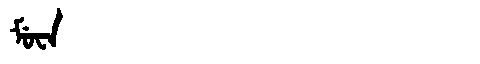
Manchu: ᠮᡠᠸᠠ
Romanization: MUWA